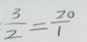
\frac { 3 } { 2 } = \frac { 2 0 } { 1 }